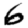
Digit: 6